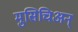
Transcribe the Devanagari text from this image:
मुसिचिअन्